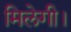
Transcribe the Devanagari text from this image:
मिलेगी।